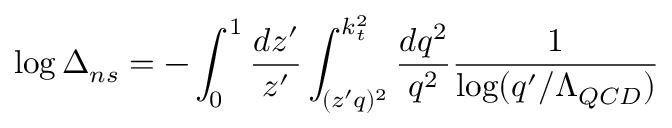
\log \Delta _ { n s } = - \int _ { 0 } ^ { 1 } \frac { d z ^ { \prime } } { z ^ { \prime } } \int _ { ( z ^ { \prime } q ) ^ { 2 } } ^ { k _ { t } ^ { 2 } } \frac { d q ^ { 2 } } { q ^ { 2 } } \frac { 1 } { \log ( q ^ { \prime } / \Lambda _ { Q C D } ) }